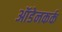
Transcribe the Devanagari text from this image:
ऑडेनकर्क